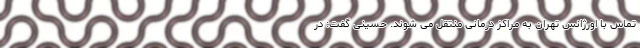
تماس با اورژانس تهران به مراکز درمانی منتقل می شوند. حسینی گفت: در